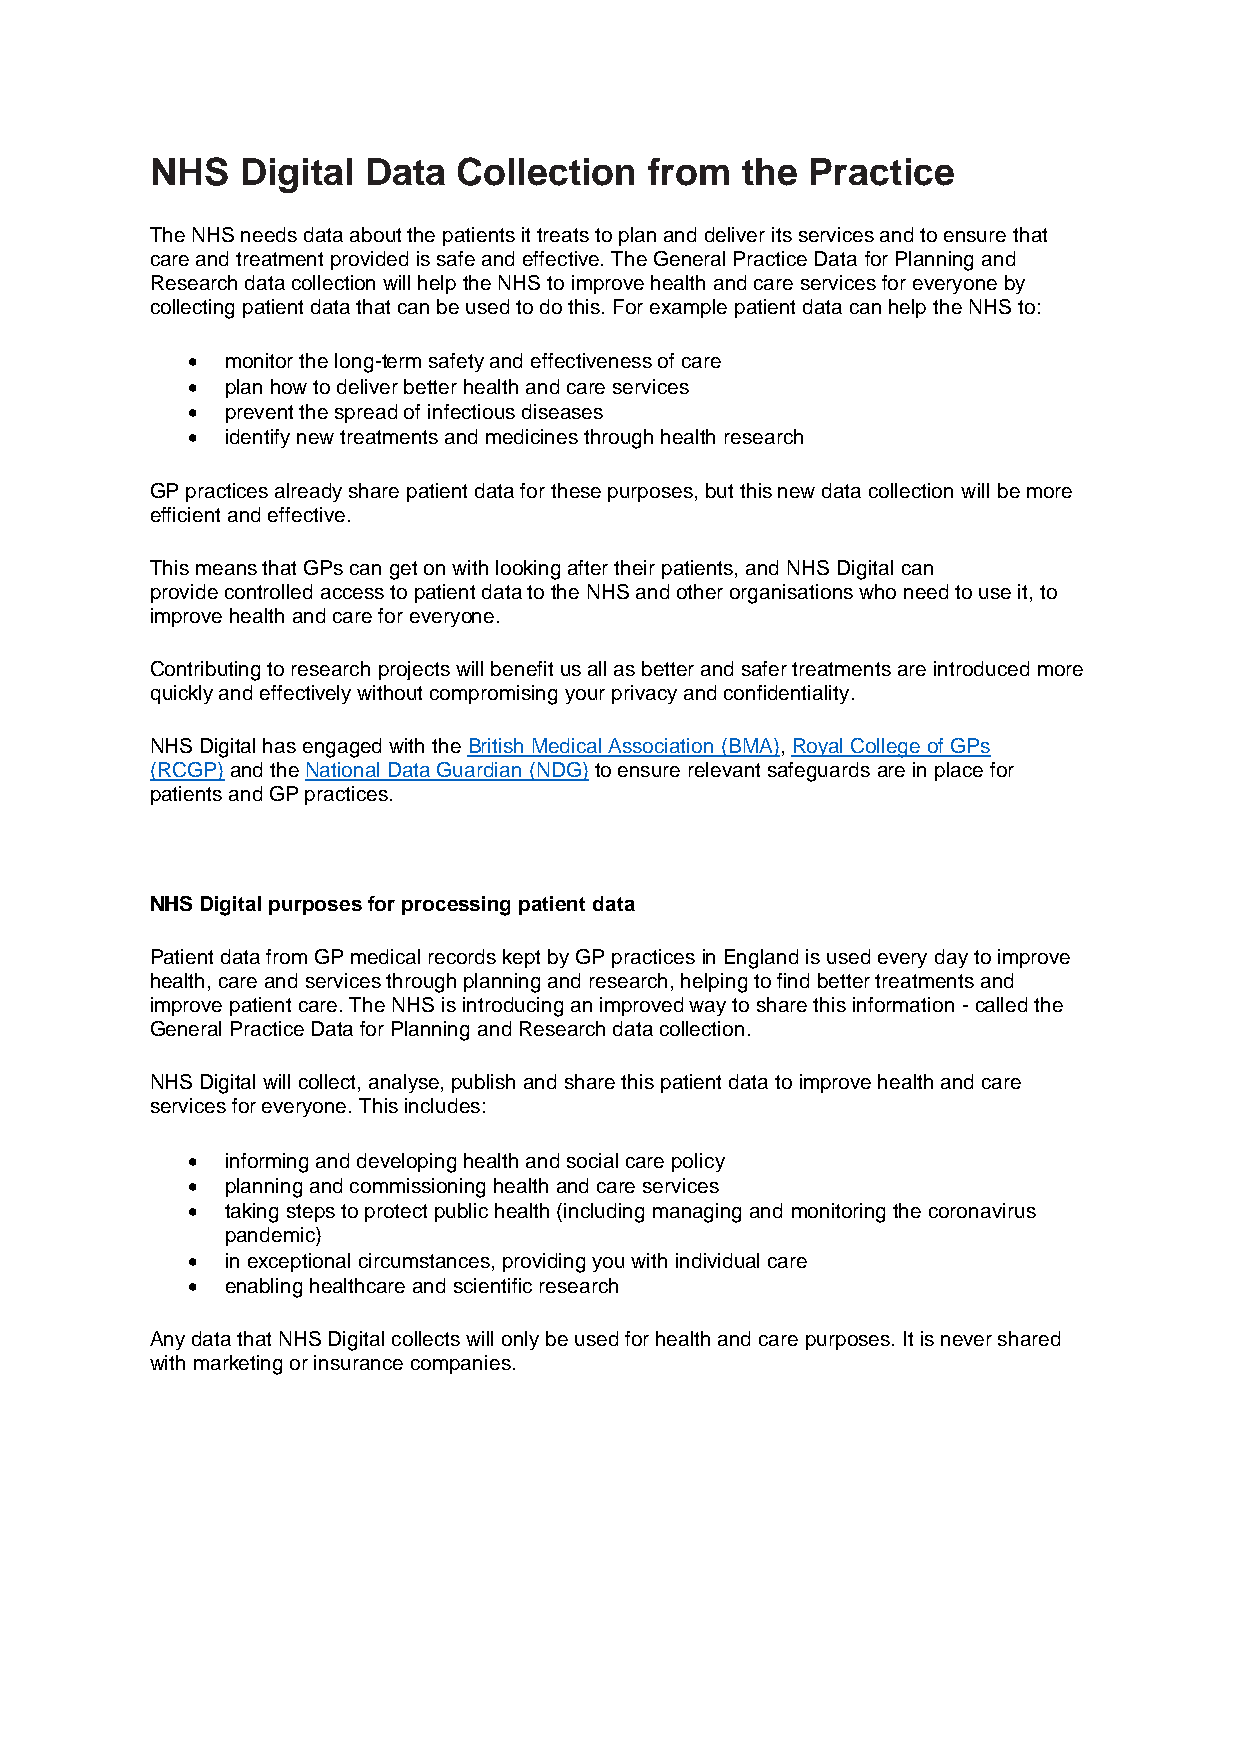
NHS   Digital Data  Collection   from  the  Practice
 The NHS needs data about the patients it treats to plan and deliver its services and to ensure that
 care and treatment provided is safe and effective. The General Practice Data for Planning and
 Research data collection will help the NHS to improve health and care services for everyone by
 collecting patient data that can be used to do this. For example patient data can help the NHS to:
 •  monitor the long-term safety and effectiveness of care
 •  plan how to deliver better health and care services
 •  prevent the spread of infectious diseases
 •  identify new treatments and medicines through health research
 GP practices already share patient data for these purposes, but this new data collection will be more
 efficient and effective.
 This means that GPs can get on with looking after their patients, and NHS Digital can
 provide controlled access to patient data to the NHS and other organisations who need to use it, to
 improve health and care for everyone.
 Contributing to research projects will benefit us all as better and safer treatments are introduced more
 quickly and effectively without compromising your privacy and confidentiality.
 NHS Digital has engaged with the British Medical Association (BMA), Royal College of GPs
 (RCGP) and the National Data Guardian (NDG) to ensure relevant safeguards are in place for
 patients and GP practices.
 NHS Digital purposes for processing patient data
 Patient data from GP medical records kept by GP practices in England is used every day to improve
 health, care and services through planning and research, helping to find better treatments and
 improve patient care. The NHS is introducing an improved way to share this information - called the
 General Practice Data for Planning and Research data collection.
 NHS Digital will collect, analyse, publish and share this patient data to improve health and care
 services for everyone. This includes:
 •  informing and developing health and social care policy
 •  planning and commissioning health and care services
 •  taking steps to protect public health (including managing and monitoring the coronavirus
 pandemic)
 •  in exceptional circumstances, providing you with individual care
 •  enabling healthcare and scientific research
 Any data that NHS Digital collects will only be used for health and care purposes. It is never shared
 with marketing or insurance companies.